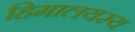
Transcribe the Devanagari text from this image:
हिमालयस्य